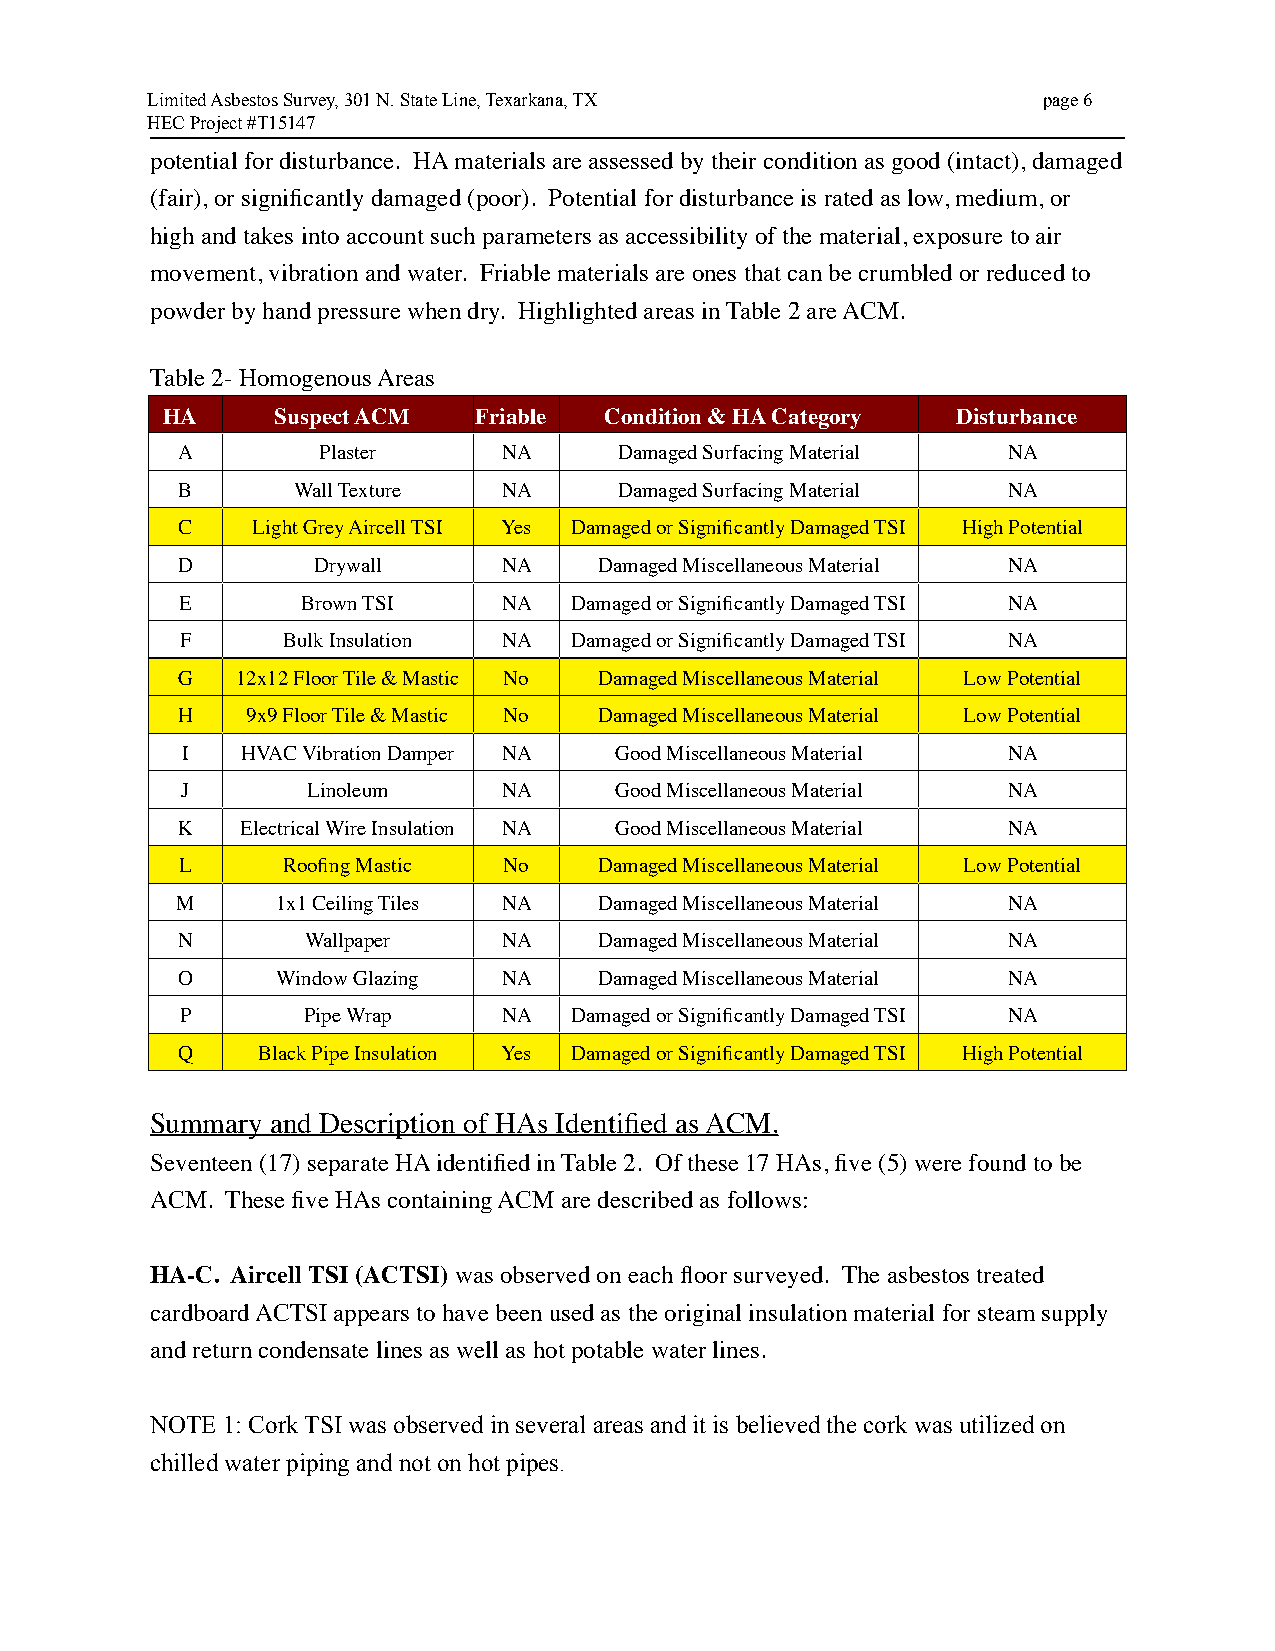
Limited Asbestos Survey, 301 N. State Line, Texarkana, TX  page 6
 HEC Project #T15147
 potential for disturbance. HA materials are assessed by their condition as good (intact), damaged
 (fair), or significantly damaged (poor). Potential for disturbance is rated as low, medium, or
 high and takes into account such parameters as accessibility of the material, exposure to air
 movement, vibration and water. Friable materials are ones that can be crumbled or reduced to
 powder by hand pressure when dry. Highlighted areas in Table 2 are ACM.
 Table 2- Homogenous Areas
 HA     Suspect ACM  Friable  Condition & HA Category Disturbance
 A        Plaster     NA      Damaged Surfacing Material NA
 B      Wall Texture  NA      Damaged Surfacing Material NA
 C    Light Grey Aircell TSI Yes Damaged or Significantly Damaged TSI High Potential
 D        Drywall     NA     Damaged Miscellaneous Material NA
 E       Brown TSI    NA   Damaged or Significantly Damaged TSI NA
 F      Bulk Insulation NA Damaged or Significantly Damaged TSI NA
 G   12x12 Floor Tile & Mastic No Damaged Miscellaneous Material Low Potential
 H   9x9 Floor Tile & Mastic No Damaged Miscellaneous Material Low Potential
 I   HVAC Vibration Damper NA Good Miscellaneous Material NA
 J       Linoleum     NA      Good Miscellaneous Material NA
 K   Electrical Wire Insulation NA Good Miscellaneous Material NA
 L      Roofing Mastic No    Damaged Miscellaneous Material Low Potential
 M     1x1 Ceiling Tiles NA  Damaged Miscellaneous Material NA
 N       Wallpaper    NA     Damaged Miscellaneous Material NA
 O     Window Glazing NA     Damaged Miscellaneous Material NA
 P       Pipe Wrap    NA   Damaged or Significantly Damaged TSI NA
 Q    Black Pipe Insulation Yes Damaged or Significantly Damaged TSI High Potential
 Summary and Description of HAs Identified as ACM.
 Seventeen (17) separate HA identified in Table 2. Of these 17 HAs, five (5) were found to be
 ACM. These five HAs containing ACM are described as follows:
 HA-C. Aircell TSI (ACTSI) was observed on each floor surveyed. The asbestos treated
 cardboard ACTSI appears to have been used as the original insulation material for steam supply
 and return condensate lines as well as hot potable water lines.
 NOTE 1: Cork TSI was observed in several areas and it is believed the cork was utilized on
 chilled water piping and not on hot pipes.